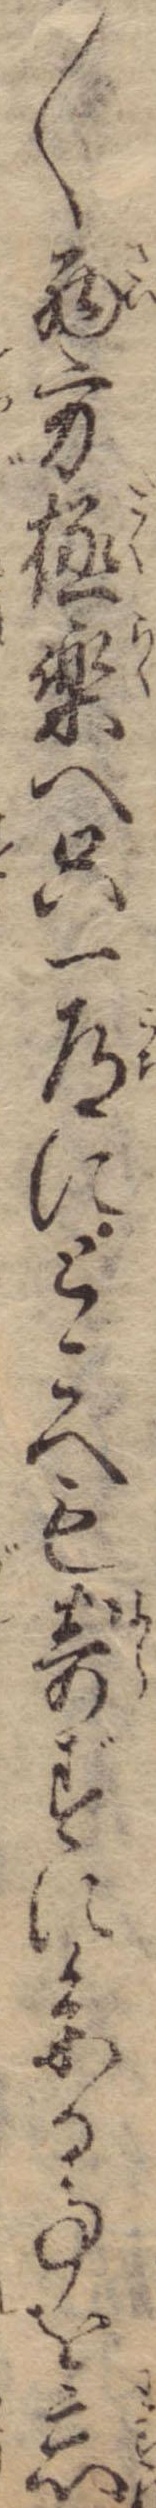
〱西方極楽へ只一道にとこへも寄ずに参る事を忘